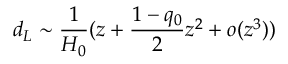
d _ { L } \sim \frac { 1 } { H _ { 0 } } ( z + \frac { 1 - q _ { 0 } } { 2 } z ^ { 2 } + o ( z ^ { 3 } ) )